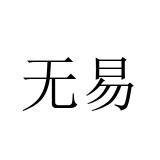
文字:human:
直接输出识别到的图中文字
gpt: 无易